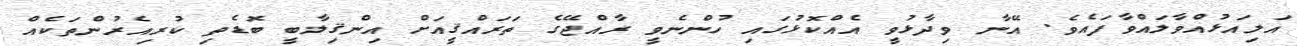
އަލިއަޅުއްވާލައްވާފައެވެ. އޭނާ ވިދާޅުވީ އެއްކޮޅުގައި ހުންނެވީ ރާއްޖޭގެ ތަރައްޤީއަށް އިންޤިލާބީ ބޮޑެތި ކުރިއެރުންތަކެއް